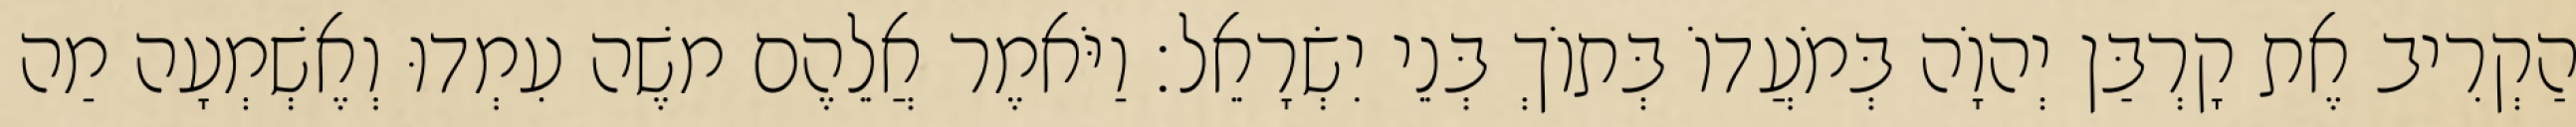
הַקְרִיב אֶת קָרְבַּן יְהוָֹה בְּמֹעֲדוֹ בְּתוֹךְ בְּנֵי יִשְׂרָאֵל׃ וַיֹּאמֶר אֲלֵהֶם משֶׁה עִמְדוּ וְאֶשְׁמְעָה מַה